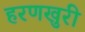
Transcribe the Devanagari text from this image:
हरणखुरी